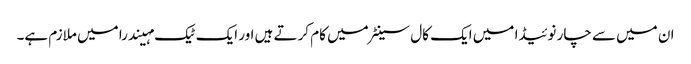
ان میں سے چار نوئیڈا میں ایک کال سینٹر میں کام کرتے ہیں اور ایک ٹیک مہیندرا میں ملازم ہے۔